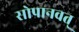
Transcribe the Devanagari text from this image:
सोपानवत्‌